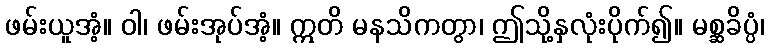
ဖမ်းယူအံ့။ ဝါ၊ ဖမ်းအုပ်အံ့။ ဣတိ မနသိကတွာ၊ ဤသို့နှလုံးပိုက်၍။ မစ္ဆခိပ္ပံ၊